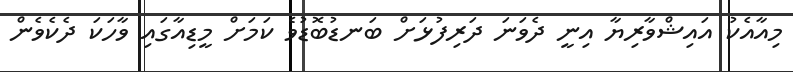
މިއާއެކު އައިޝްވާރިޔާ އިނީ ދެވަނަ ދަރިފުޅަށް ބަނޑުބޮޑުވެ ކަމަށް މީޑިއާގައި ވާހަކަ ދެކެވެން